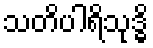
သတိပါရိသုဒ္ဓိ